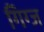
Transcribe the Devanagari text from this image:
गिग्ज